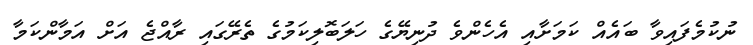
ނުކުމެފައިވާ ބައެއް ކަމަށާއި އެހެންވެ ދުނިޔޭގެ ހަލަބޮލިކަމުގެ ތެރޭގައި ރާއްޖެ އަށް އަމާންކަމާ